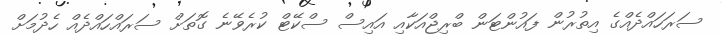
ސަރަހައްދެއްގެ އިތުރުން ފައުންޓަން ބްރިޖްއަކާއި އައިސް ސްކޭޓް ކުރެވޭނެ ގޮތަށް ސަރައްހައްދެއް ހެދުމަށް